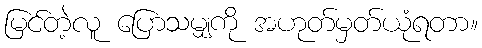
မြင်တဲ့လူ ပြောသမျှကို အဟုတ်မှတ်ယုံရတာ။